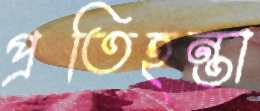
প্রতিহন্তা